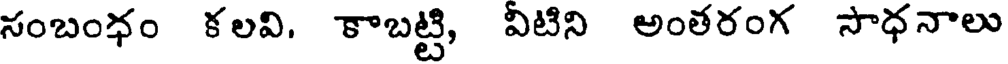
సంబంధం కలవి, కాబట్టి, వీటిని అంతరంగ సాధనాలు